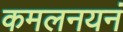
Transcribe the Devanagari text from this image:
कमलनयनं